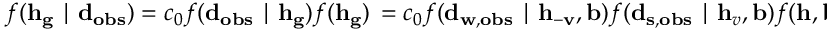
f ( \mathbf { h } _ { \mathbf { g } } \mid \mathbf { d } _ { \mathbf { o b s } } ) = c _ { 0 } f ( \mathbf { d } _ { \mathbf { o b s } } \mid \mathbf { h } _ { \mathbf { g } } ) f ( \mathbf { h } _ { \mathbf { g } } ) \, = c _ { 0 } f ( \mathbf { d } _ { \mathbf { w } , \mathbf { o b s } } \mid \mathbf { h } _ { \mathbf { - v } } , \mathbf { b } ) f ( \mathbf { d } _ { \mathbf { s } , \mathbf { o b s } } \mid \mathbf { h } _ { v } , \mathbf { b } ) f ( \mathbf { h } , \mathbf { b } )